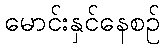
မောင်းနှင်နေစဉ်